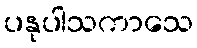
ပနုပါသကာသေ